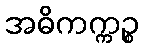
အဓိကက္ကဉ္စ